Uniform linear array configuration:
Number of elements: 4
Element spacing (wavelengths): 1
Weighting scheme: blackman
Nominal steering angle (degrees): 0
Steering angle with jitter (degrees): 1.2
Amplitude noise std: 0.05
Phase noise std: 0.05

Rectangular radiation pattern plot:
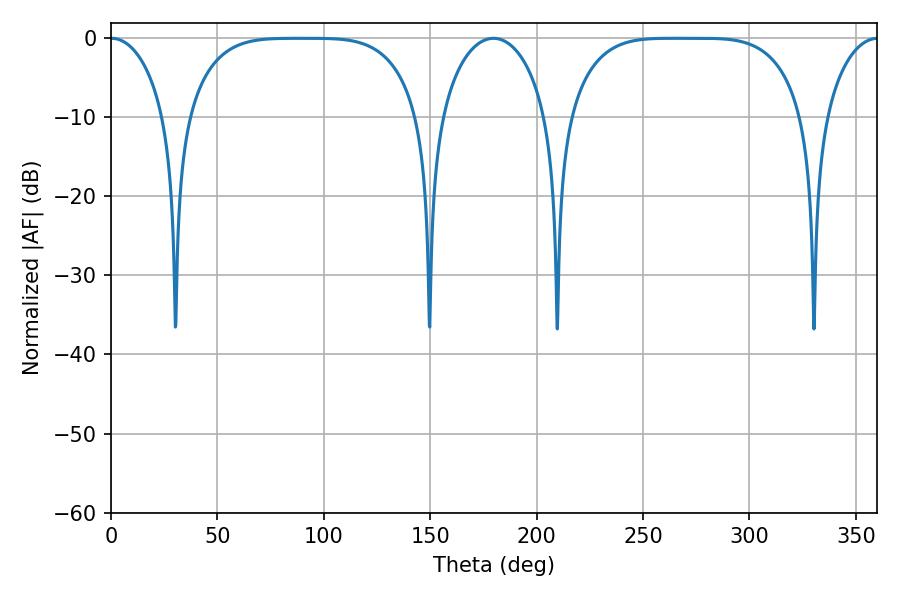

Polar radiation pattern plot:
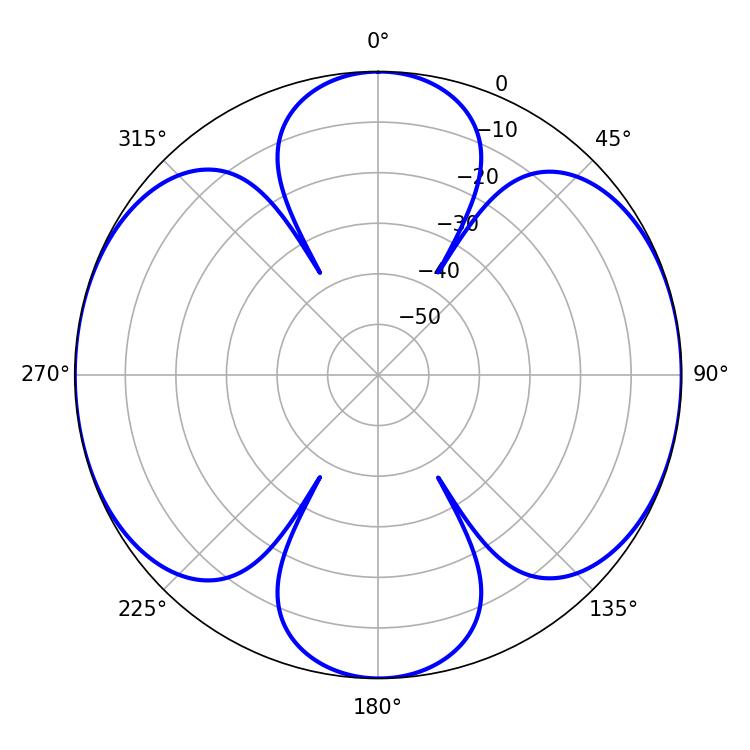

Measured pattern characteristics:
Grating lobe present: TRUE
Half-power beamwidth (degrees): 83.52
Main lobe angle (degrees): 264.42